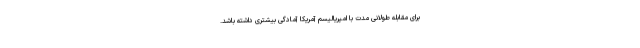
برای مقابله طولانی مدت با امپریالیسم آمریکا آمادگی بیشتری داشته باشد.